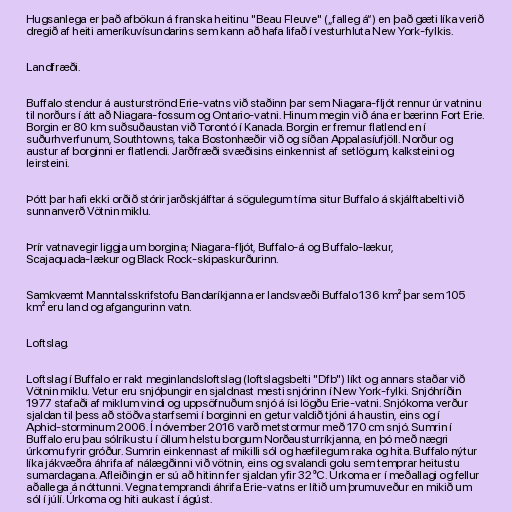
Hugsanlega er það afbökun á franska heitinu "Beau Fleuve" („falleg á“) en það gæti líka verið
dregið af heiti ameríkuvísundarins sem kann að hafa lifað í vesturhluta New York-fylkis.

Landfræði.

Buffalo stendur á austurströnd Erie-vatns við staðinn þar sem Niagara-fljót rennur úr vatninu
til norðurs í átt að Niagara-fossum og Ontario-vatni. Hinum megin við ána er bærinn Fort Erie.
Borgin er 80 km suðsuðaustan við Torontó í Kanada. Borgin er fremur flatlend en í
suðurhverfunum, Southtowns, taka Bostonhæðir við og síðan Appalasíufjöll. Norður og
austur af borginni er flatlendi. Jarðfræði svæðisins einkennist af setlögum, kalksteini og
leirsteini.

Þótt þar hafi ekki orðið stórir jarðskjálftar á sögulegum tíma situr Buffalo á skjálftabelti við
sunnanverð Vötnin miklu.

Þrír vatnavegir liggja um borgina; Niagara-fljót, Buffalo-á og Buffalo-lækur,
Scajaquada-lækur og Black Rock-skipaskurðurinn.

Samkvæmt Manntalsskrifstofu Bandaríkjanna er landsvæði Buffalo 136 km² þar sem 105
km² eru land og afgangurinn vatn.

Loftslag.

Loftslag í Buffalo er rakt meginlandsloftslag (loftslagsbelti "Dfb") líkt og annars staðar við
Vötnin miklu. Vetur eru snjóþungir en sjaldnast mesti snjórinn í New York-fylki. Snjóhríðin
1977 stafaði af miklum vindi og uppsöfnuðum snjó á ísi lögðu Erie-vatni. Snjókoma verður
sjaldan til þess að stöðva starfsemi í borginni en getur valdið tjóni á haustin, eins og í
Aphid-storminum 2006. Í nóvember 2016 varð metstormur með 170 cm snjó. Sumrin í
Buffalo eru þau sólríkustu í öllum helstu borgum Norðausturríkjanna, en þó með nægri
úrkomu fyrir gróður. Sumrin einkennast af mikilli sól og hæfilegum raka og hita. Buffalo nýtur
líka jákvæðra áhrifa af nálægðinni við vötnin, eins og svalandi golu sem temprar heitustu
sumardagana. Afleiðingin er sú að hitinn fer sjaldan yfir 32°C. Úrkoma er í meðallagi og fellur
aðallega á nóttunni. Vegna temprandi áhrifa Erie-vatns er lítið um þrumuveður en mikið um
sól í júlí. Úrkoma og hiti aukast í ágúst.